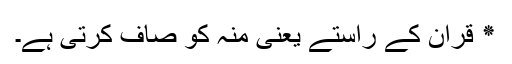
٭ قرآن کے راستے یعنی منہ کو صاف کرتی ہے۔